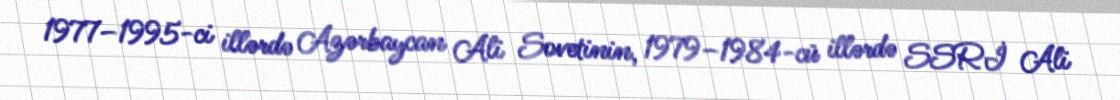
1977–1995-ci illərdə Azərbaycan Ali Sovetinin, 1979–1984-cü illərdə SSRİ Ali